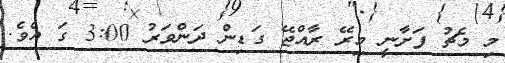
މި މެޗު ފަށާނީ މިރޭ ރާއްޖޭ ގަޑިން ދަންވަރު 3:00 ގަ އެވެ.